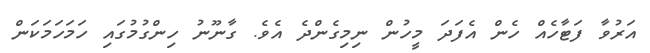
އަރުވާ ފަޓާހެއް ހެން އެފަދަ މީހުން ނިމިގެންދެ އެވެ. ގާނޫނު ހިންގުމުގައި ހަމަހަމަކަން